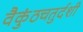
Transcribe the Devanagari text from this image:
वैकुंठचतुर्दशी